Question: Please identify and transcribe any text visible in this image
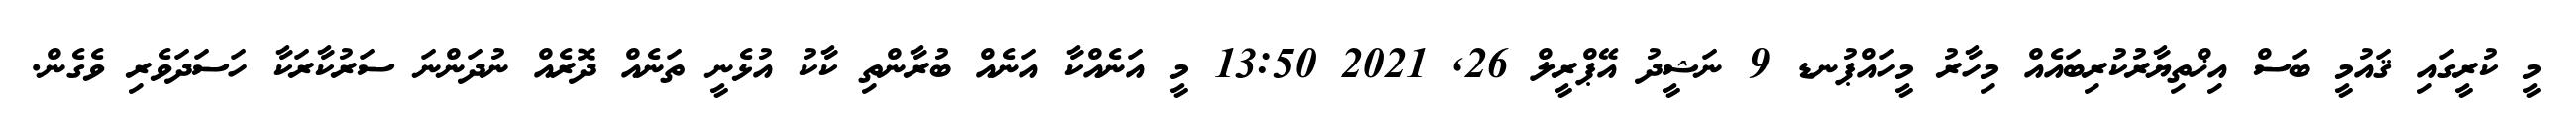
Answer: މީ ކުރީގައި ޤައުމީ ބަސް އިޚްތިޔާރުކުރިބައެއް މިހާރު މީހައްޕުނޑ 9 ނަޝީދު އޭޕްރީލް 26, 2021 13:50 މީ އަނެއްކާ އަނެއް ބުރާންތި ކާކު އުޅެނީ ތަނެއް ދޮރެއް ނުދަންނަ ސަރުކާރަކާ ހަސަދަވެރި ވެގެން.